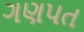
ગણપત